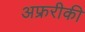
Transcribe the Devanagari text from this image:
अफ्ररीकी